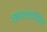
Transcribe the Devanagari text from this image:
स्वरूपसिंह